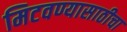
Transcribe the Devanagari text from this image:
मिटवण्यासाठीचा